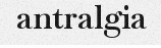
antralgia